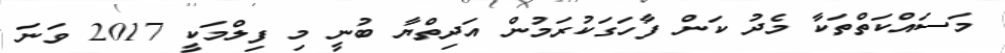
މަސައްކަތްތަކާ މެދު ކަން ފާހަގަކުރަމުން އަދިތްޔާ ބުނީ މި ފިލްމަކީ 2017 ވަނަ